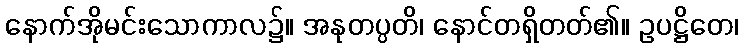
နောက်အိုမင်းသောကာလ၌။ အနုတပ္ပတိ၊ နောင်တရှိတတ်၏။ ဥပဋ္ဌိတေ၊